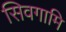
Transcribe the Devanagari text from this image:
सिवगामि